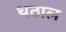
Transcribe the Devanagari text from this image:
थठाल